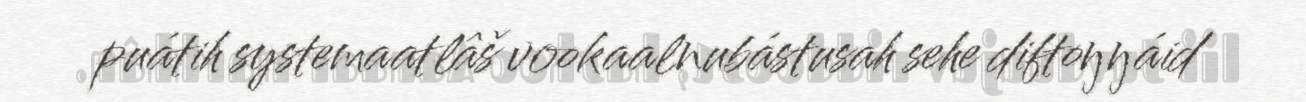
puátih systemaatlâš vookaalnubástusah sehe diftoŋŋáid